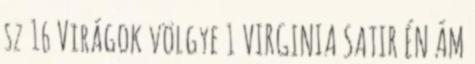
sz 16 Virágok völgye 1 VIRGINIA SATIR ÉN ÁM